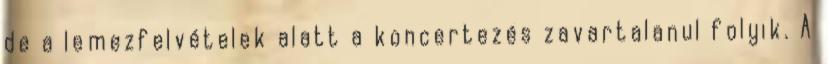
de a lemezfelvételek alatt a koncertezés zavartalanul folyik. A